Annual vaccination report of Bihar and Orissa - 1911-1928
Year: 1911
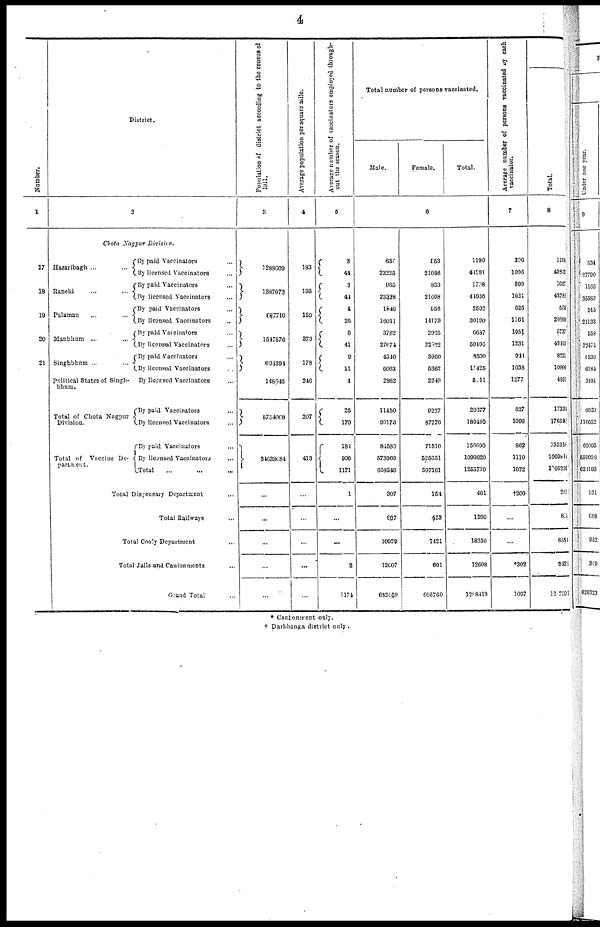
4
Number.
1
17
18
19
20
21
District.
2
Chota Nagpur Division.
Hazaribagh ... ...
Ranchi ... ...
Palamau ... ...
Manbhum ... ...
Singhbhum ... ...
Political States of Singh¬
bhum.
Total of Chota Nagpur
Division.
Total of Vaccine De-
partment.
By paid Vaccinator ...
By licensed Vaccinators ...
By paid Vaccinators ...
By licensed Vaccinators ...
By paid Vaccinators ...
By licensed Vaccinators ...
By paid Vaccinators ...
By licensed Vaccinators ...
By paid Vaccinators ...
By licensed Vaccinators ...
By licensed Vaccinators ...
By paid Vaccinators ...
By licensed Vaccinators ...
By paid Vaccinators ...
By licensed Vaccinators ...
Total ... ... ...
Total Dispensary Department ...
Total Railways ...
Total Cooly Department ...
Total Jails and Cantonments ...
Grand Total ...
Population of district according to the census of
1911.
3
1288609
1387073
687710
1547576
694394
148646
5754008
34638084
...
...
...
...
...
Average population per square mile.
4
183
195
139
373
178
246
207
413
...
...
...
...
Average number of vaccinators employed through-
out the season.
5
3
44
3
44
4
26
6
41
9
11
4
25
170
181
990
1171
1
...
...
2
1174
Total number of persons vaccinated.
Male.
Female
Total.
6
637
23235
965
23328
1546
16011
3762
27674
4510
6063
2862
11450
99173
84580
573969
658549
307
867
10929
12007
682659
553
21056
833
21608
956
14179
2925
22622
3960
5362
2249
9227
87276
71510
525651
597161
154
423
7421
601
605760
1190
41291
1728
44936
2502
30190
6687
50496
8500
11425
5011
20677
186449
156090
1099620
1255710
461
1290
18350
12608
1258419
Average number of persona vaccinated by each
vaccinator.
7
396
1006
599
1021
625
1161
1081
1231
941
1038
1277
827
1096
862
1110
1072
†200
...
...
*302
1097
Total.
8
1164
43845
1657
43782
555
29892
5737
43415
8221
10800
4851
17334
176591
135358
1069814
l005202
285
821
8851
2421
12,7591
* Cantonment only.
† Darbhanga district only.